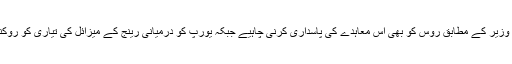
جرمن وزیر کے مطابق روس کو بھی اس معاہدے کی پاسداری کرنی چاہیے جبکہ یورپ کو درمیانی رینج کے میزائل کی تیاری کو روکنا ہوگا۔